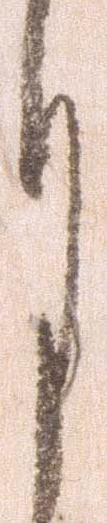
月